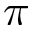
\pi